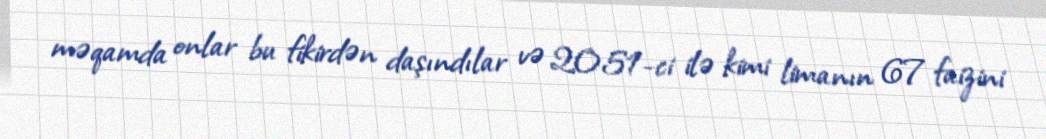
məqamda onlar bu fikirdən daşındılar və 2051-ci ilə kimi limanın 67 faizini